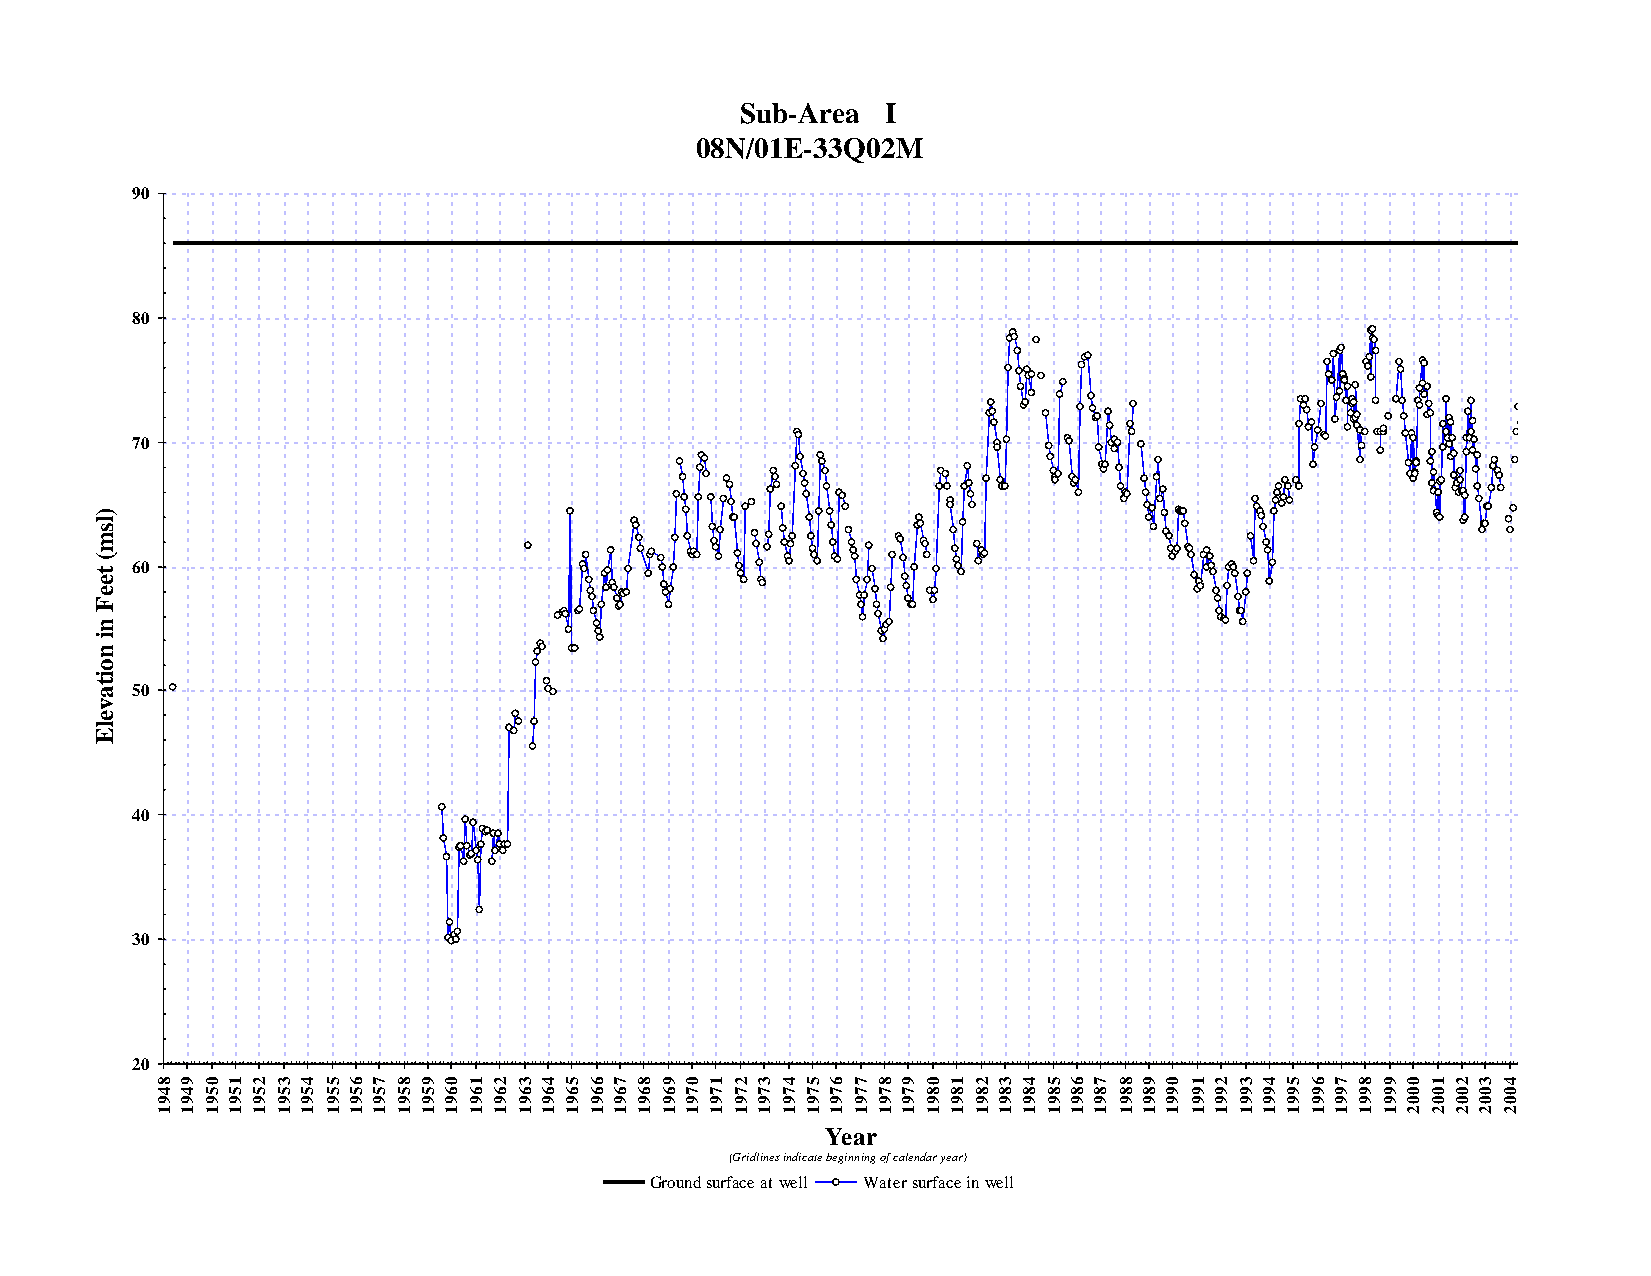
Sub-Area  I
 08N/01E-33Q02M
 90
 80
 70
 )
 l
 s
 m
 (
 t  60
 e
 e
 F
 n
 i
 n
 o
 i
 t a 50
 v
 e
 l
 E
 40
 30
 20
 8 9 0 1 2 3 4 56 7 8 9 0 1 2 3 4 5 6 7 8 9 0 1 2 3 4 5 6 7 89 0 1 2 3 4 5 67 8 90 1 2 3 4 5 6 7 8 9 0 1 2 3 4 5
 4 4 5 5 5 5 5 55 5 5 5 6 6 6 6 6 6 6 6 6 6 7 7 7 7 7 7 7 7 77 8 8 8 8 8 8 88 8 89 9 9 9 9 9 9 9 9 9 0 0 0 0 0 0
 9 9 9 9 9 9 9 99 9 9 9 9 9 9 9 9 9 9 9 9 9 9 9 9 9 9 9 9 9 99 9 9 9 9 9 9 99 9 99 9 9 9 9 9 9 9 9 9 0 0 0 0 0 0
 1 1 1 1 1 1 1 11 1 1 1 1 1 1 1 1 1 1 1 1 1 1 1 1 1 1 1 1 1 11 1 1 1 1 1 1 11 1 11 1 1 1 1 1 1 1 1 1 2 2 2 2 2 2
 Year
 (Gridlines indicate beginning of calendar year)
 Ground surface at well Water surface in well